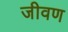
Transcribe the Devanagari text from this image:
जीवण